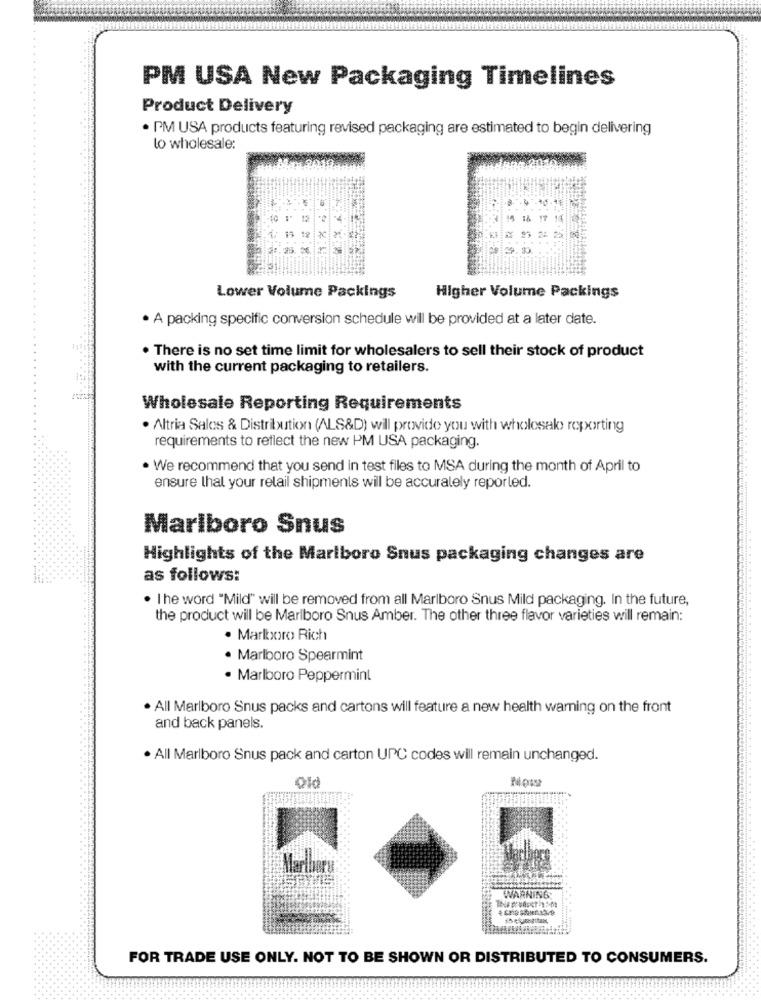
PM USA New Packaging Timelines
Product Delivery
· PM USA products featuring revised packaging are estimated to begin delivering
lo wholesale:
Lower Volume Packings
Higher Volume Packings
· A packing specific conversion schedule will be provided at a later date.
. There is no set time limit for wholesalers to sell their stock of product
with the current packaging to retailers.
Wholesale Reporting Requirements
. Altria Sales & Distribution (ALS&D) will provide you with wholesale reporting
requirements to reflect the new PM USA packaging.
. We recommend that you send in test files to MSA during the month of April to
ensure that your retail shipments will be accurately reported.
Marlboro Snus
Highlights of the Marlboro Snus packaging changes are
as follows:
. The word "Mild" will be removed from all Marlboro Snus Mild packaging. In the future,
the product will be Marlboro Snus Amber. The other three flavor varieties will remain:
. Marlboro Rich
. Marlboro Spearmint
· Marlboro Peppermint
. All Marlboro Snus packs and cartons will feature a new health warning on the front
and back panels.
· All Marlboro Snus pack and carton UPC codes will remain unchanged.
Marlboro
WARNING
FOR TRADE USE ONLY. NOT TO BE SHOWN OR DISTRIBUTED TO CONSUMERS.